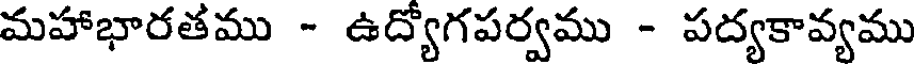
మహాభారతము - ఉద్యోగపర్వము - పద్యకావ్యము